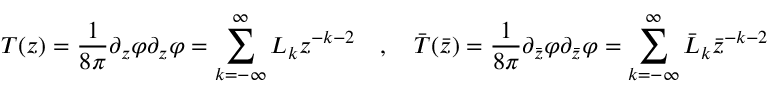
T ( z ) = \frac { 1 } { 8 \pi } \partial _ { z } \varphi \partial _ { z } \varphi = \sum _ { k = - \infty } ^ { \infty } L _ { k } z ^ { - k - 2 } \quad , \quad \bar { T } ( \bar { z } ) = \frac { 1 } { 8 \pi } \partial _ { \bar { z } } \varphi \partial _ { \bar { z } } \varphi = \sum _ { k = - \infty } ^ { \infty } \bar { L } _ { k } \bar { z } ^ { - k - 2 }